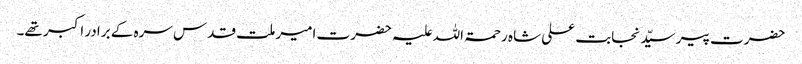
حضرت پیر سیّد نجابت علی شاہ رحمۃ اللہ علیہ حضرت امیر ملت قدس سرہ کے برادر اکبر تھے۔